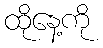
ထိုနေ့ကို